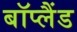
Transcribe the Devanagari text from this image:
बॉप्लैंड